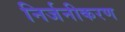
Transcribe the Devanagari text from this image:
निर्जनीकरण